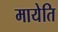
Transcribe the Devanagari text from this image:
मायेति